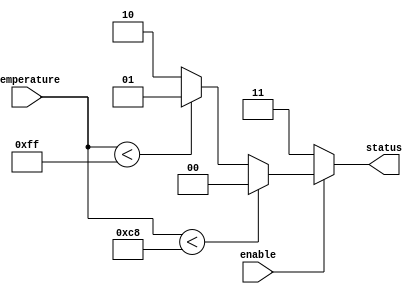
module thermal_encoder (
    input [7:0] temperature, // 8-bit analog temperature input
    input enable,            // Enable signal
    output reg [1:0] status  // 2-bit output for thermal status
);

// Define thermal status encoding
parameter NORMAL = 2'b00;  // Normal state
parameter WARNING = 2'b01;  // Warning state
parameter CRITICAL = 2'b10; // Critical state

// Define threshold values
parameter WARNING_THRESHOLD = 200; // Example threshold for warning
parameter CRITICAL_THRESHOLD = 255; // Example threshold for critical

always @(*) begin
    if (!enable) begin
        status = 2'b11; // Disable state (could be an error state)
    end else begin
        // Combinational logic to determine thermal status
        if (temperature < WARNING_THRESHOLD) begin
            status = NORMAL; // Normal state
        end else if (temperature < CRITICAL_THRESHOLD) begin
            status = WARNING; // Warning state
        end else begin
            status = CRITICAL; // Critical state
        end
    end
end

endmodule